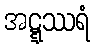
အဋ္ဋဿရံ